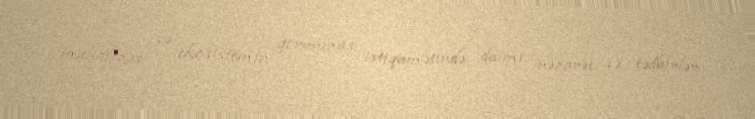
mühafizəsi və ekosistemin qorunması istiqamətində daimi nəzarət və tədbirlər